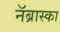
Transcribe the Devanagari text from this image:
नॅब्रास्का